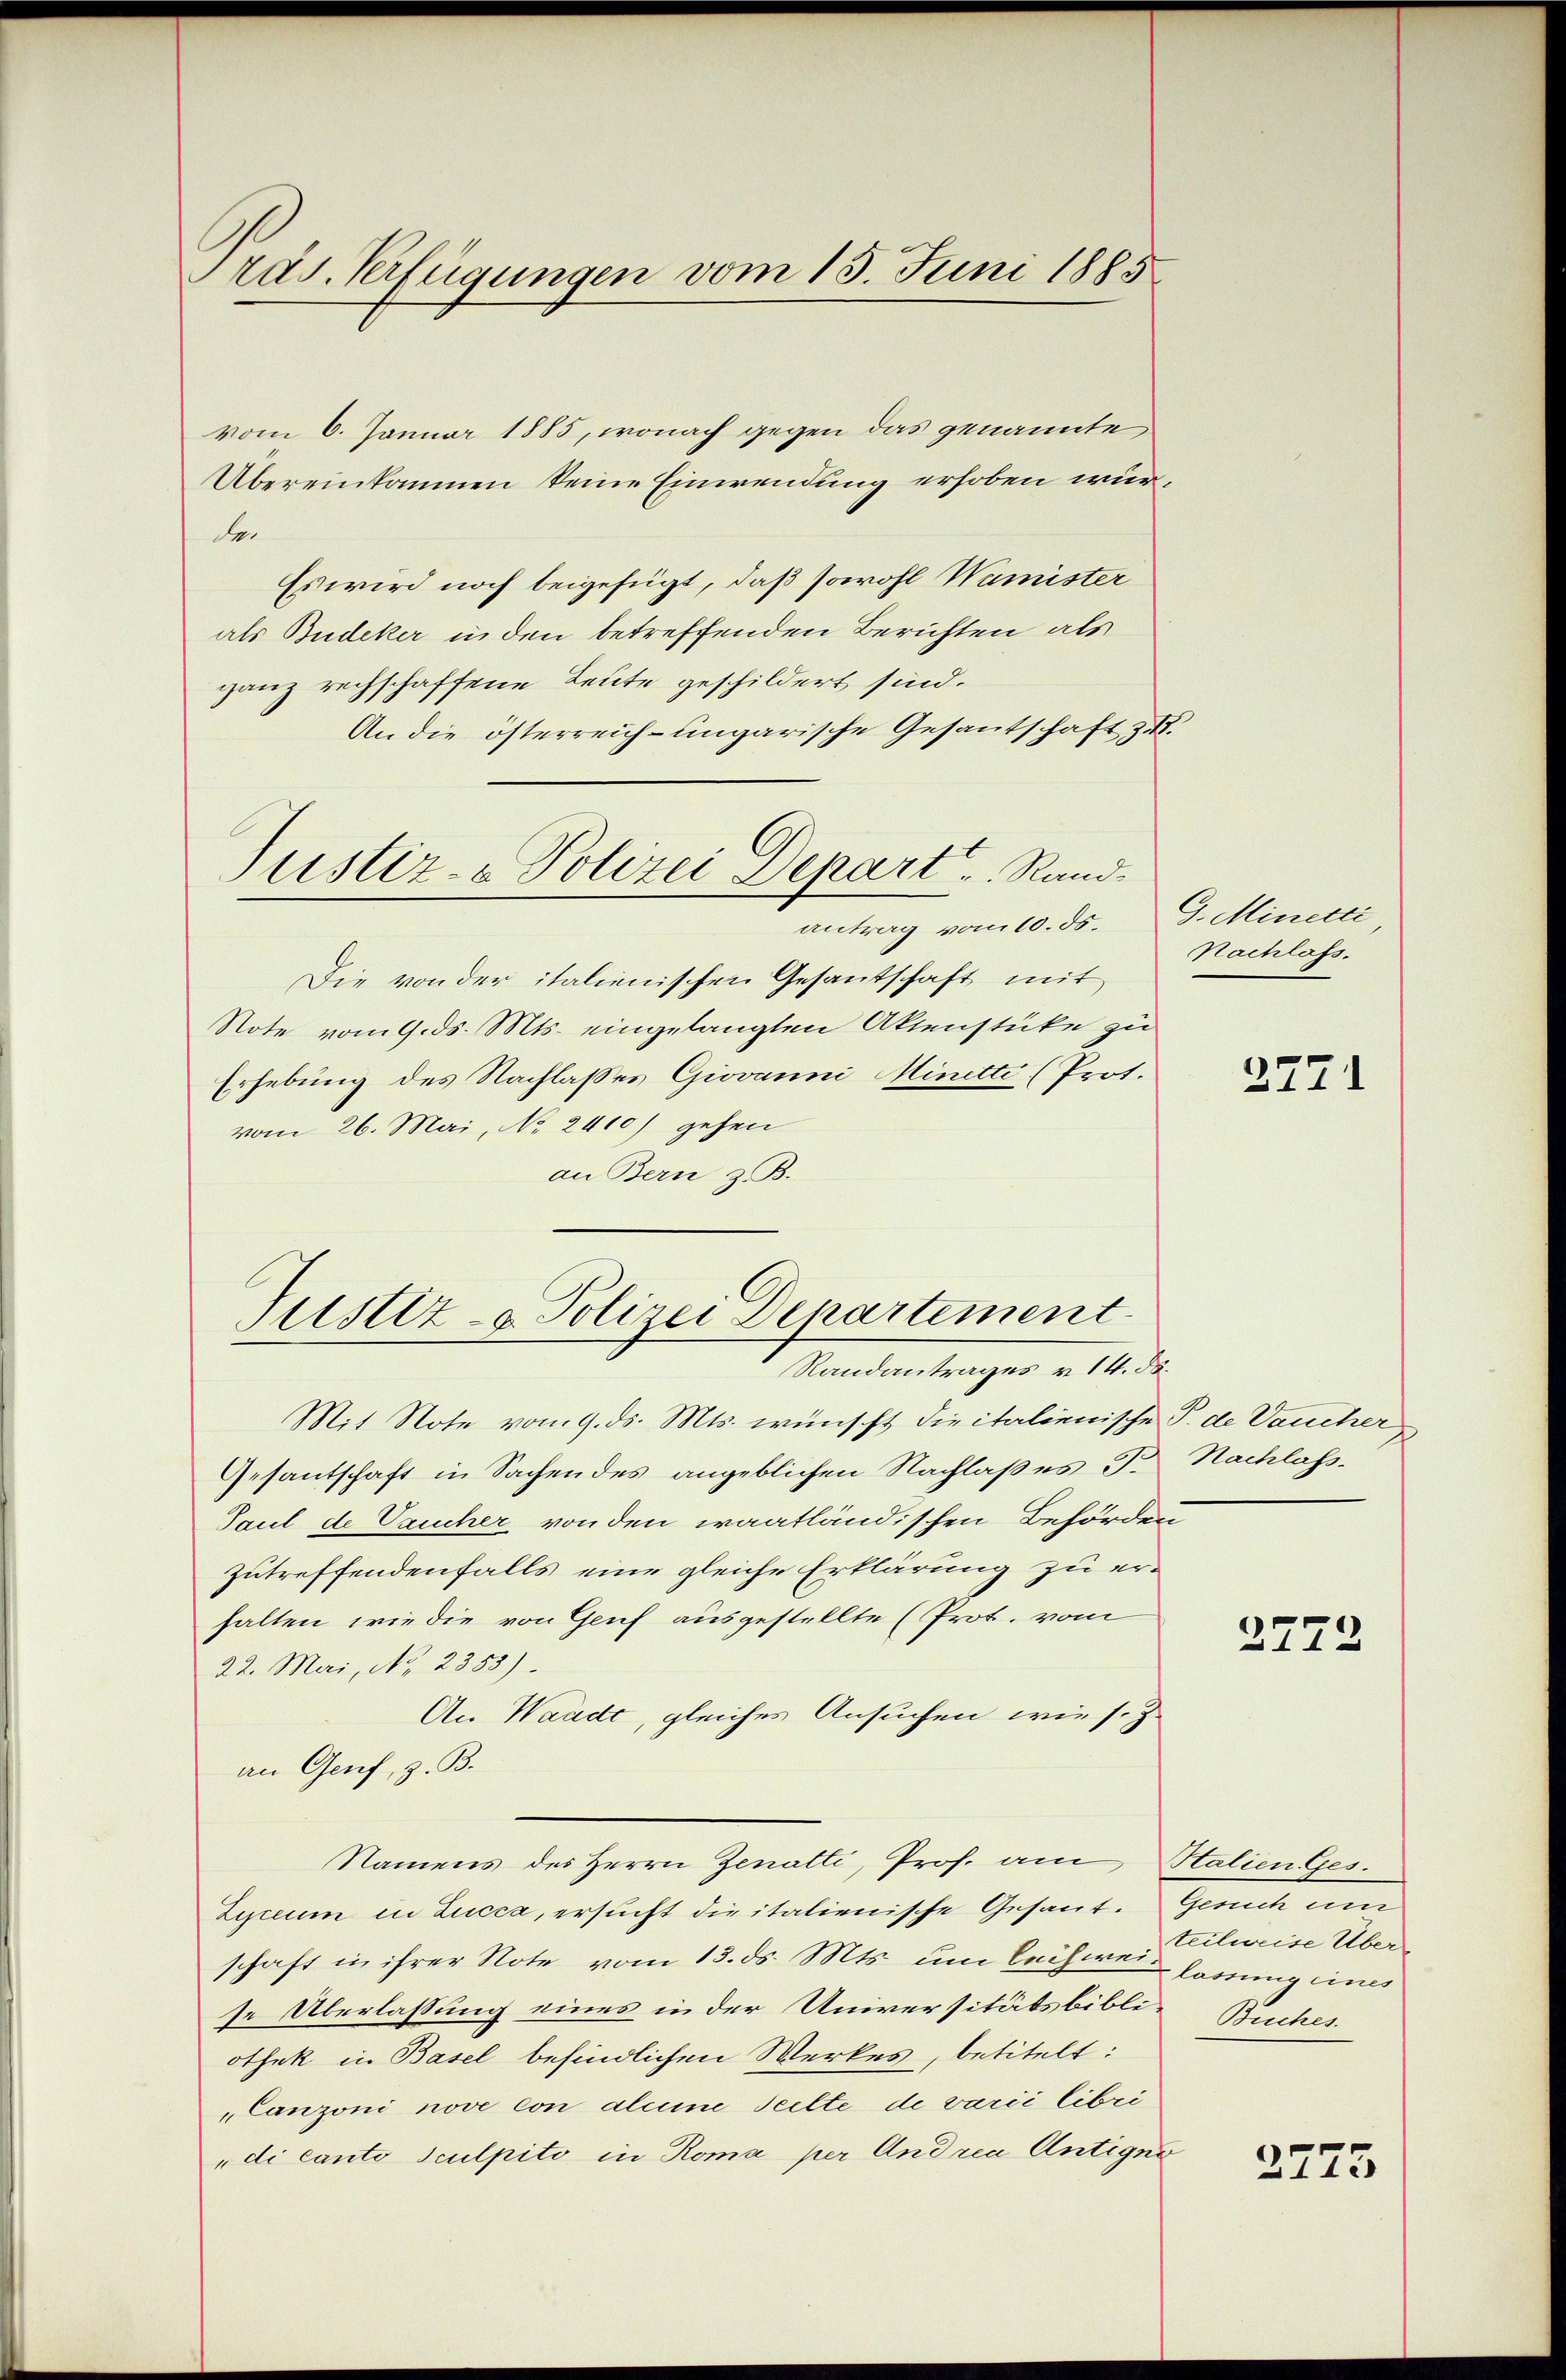
Pras. Verfügungen vom 13. Juni 1885.

vom 6. Januar 1885, wonach gegen das genannte
Übereinkommen keine Einwendung erhoben würder
Es wird noch beigefügt, daß sowohl Wamister
als Budeker in den betreffenden Berichten als
ganz rechschaffene Leute geschildert sind.
An die österreich-ungarische Gesantschaft zu.
Justiz- & Polizei Depart, Randantrag vom 10. ds. G. Minetti,
Die von der italienischen Gesandtschaft mit
Note vom 9. ds. Mts. eingelangten Aktenstüke zu
Erhebung des Nachlaßes Giovanni Minetti (Prot.
vom 26. Mai, No. 2410) gehen
an Bern z. B.

Justiz- & Polizei Departement
Randantrages v. 14. ds.

Mit Note vom 9. ds. Mts. wünscht die italienische P. de Vaucher
Gesantschaft in Sachendes angeblichen Nachlaßes J. Nachlass
Paul de Vaucher von den waatländischen Behörden
zutreffendenfalls eine gleiche Erklärung zu erhalten, wie die von Genf ausgestellte (Prot. vom
22. Mai, No. 2355).
An Waadt, gleiches Ansuchen wie s. Z.
an Genf, z. B.
Namens des Herrn Zenatti, Prof. am Stalien Ges.
Zicium in Lucca, ersucht die italienische Gesant. Gesuch um
schaft in ihrer Note vom 13. ds. Mts. um leihwein lassung eines
se Überlassung eines in der Universitätsbibli-Buches
othek in Basel befindlichen Werkes, betitelt:
Canzoni nove con aleine Teilte de varii libri
di canto sculpito in Roma per Andrea Antigne

Nachlass.

2771

2772

teilweise Über

2773